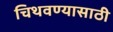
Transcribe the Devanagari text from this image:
चिथवण्यासाठी